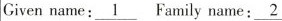
Give name:\underline{1}Family name:\underline{2}